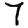
Digit: 7